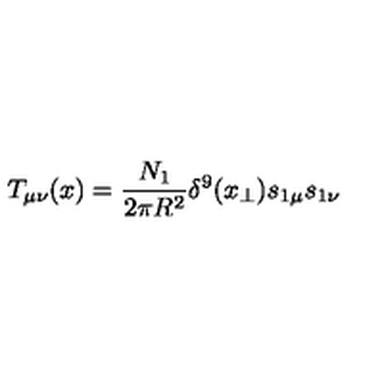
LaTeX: T _ { \mu \nu } ( x ) = { \frac { N _ { 1 } } { 2 \pi R ^ { 2 } } } \delta ^ { 9 } ( x _ { \perp } ) s _ { 1 \mu } s _ { 1 \nu }